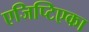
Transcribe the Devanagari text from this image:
एजिप्टिएका